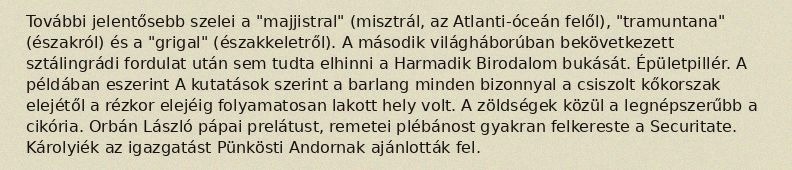
További jelentősebb szelei a "majjistral" (misztrál, az Atlanti-óceán felől), "tramuntana" (északról) és a "grigal" (északkeletről). A második világháborúban bekövetkezett sztálingrádi fordulat után sem tudta elhinni a Harmadik Birodalom bukását. Épületpillér. A példában eszerint A kutatások szerint a barlang minden bizonnyal a csiszolt kőkorszak elejétől a rézkor elejéig folyamatosan lakott hely volt. A zöldségek közül a legnépszerűbb a cikória. Orbán László pápai prelátust, remetei plébánost gyakran felkereste a Securitate. Károlyiék az igazgatást Pünkösti Andornak ajánlották fel.